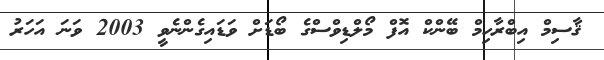
ޤާސިމް އިބްރާހިމް ބޭންކް އޮފް މޯލްޑިވްސްގެ ބޯޑަށް ވަޑައިގެންނެވީ 2003 ވަނަ އަހަރު